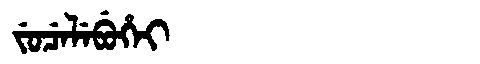
Manchu: ᠵᡠᠴᡝᠯᡝᠪᡠᡥᡝᡳ
Romanization: JUCELEBUHEI